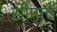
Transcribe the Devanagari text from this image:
सीमाएॅ